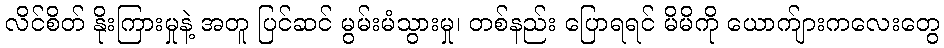
လိင်စိတ် နိုးကြားမှုနဲ့ အတူ ပြင်ဆင် မွမ်းမံသွားမှု၊ တစ်နည်း ပြောရရင် မိမိကို ယောက်ျားကလေးတွေ